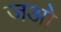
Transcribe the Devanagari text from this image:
जओ